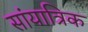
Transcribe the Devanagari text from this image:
सांयात्रिक